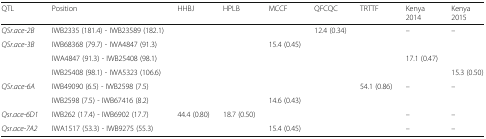
| QTL | Position | HHBJ | HPLB | MCCF | QFCQC | TRTTF | Kenya2014 | Kenya2015 |
 | --- | --- | --- | --- | --- | --- | --- | --- | --- |
 | QSr.ace-2B | IWB2335 (181.4) - IWB23589 (182.1) |  |  |  | 12.4 (0.34) |  | – | – |
 | <ROWSPAN=3> QSr.ace-3B | IWB68368 (79.7) - IWA4847 (91.3) |  |  | 15.4 (0.45) |  |  |  |  |
 | IWA4847 (91.3) - IWB25408 (98.1) |  |  |  |  |  | 17.1 (0.47) |  |
 | IWB25408 (98.1) - IWA5323 (106.6) |  |  |  |  |  |  | 15.3 (0.50) |
 | <ROWSPAN=2> QSr.ace-6A | IWB49090 (6.5) - IWB2598 (7.5) |  |  |  |  | 54.1 (0.86) | – | – |
 | IWB2598 (7.5) - IWB67416 (8.2) |  |  | 14.6 (0.43) |  |  |  |  |
 | Qsr.ace-6D1 | IWB262 (17.4) - IWB6902 (17.7) | 44.4 (0.80) | 18.7 (0.50) |  |  |  | – | – |
 | Qsr.ace-7A2 | IWA1517 (53.3) - IWB9275 (55.3) |  |  | 15.4 (0.45) |  |  | – | – |